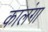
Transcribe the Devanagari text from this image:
कालंगा